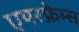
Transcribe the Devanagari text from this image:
एयरफ्रेम्स